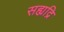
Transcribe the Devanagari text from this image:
सह्यद्रि